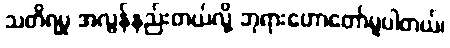
သတိရမှု အလွန်နည်းတယ်လို့ ဘုရားဟောတော်မူပါတယ်၊